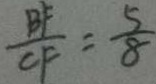
\frac { B F } { C F } = \frac { 5 } { 8 }